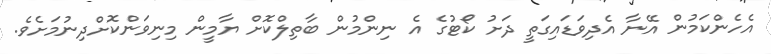
އެހެންކަމުން އޭނާ އެދިވަޑައިގަތީ ދަށު ކޯޓުގެ އެ ނިންމުން ބާތިލްކޮށް ޔާމީން މިނިވަންކޮށްދިނުމަށެވެ.